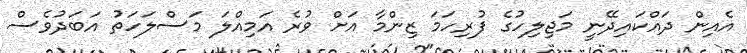
އެއިން ދައްކައިދޭނީ މަޖިލިހުގެ ފުރިހަމަ ޒިންމާ އަށް ވުރެ އަމިއްލަ މަސްލަހަތު އަބަދުވެސް